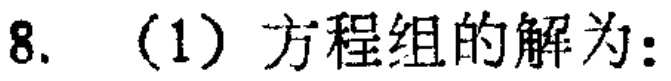
8. （1）方程组的解为：